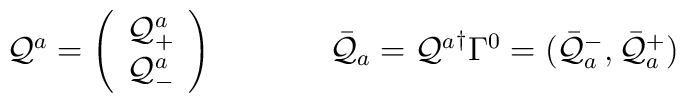
\begin{array}{cc}{\cal Q}^{a}=\left(\begin{array}{c}        {\cal Q}^{a}_{+}\\        {\cal Q}^{a}_{-}       \end{array}\right)        ~~~~ &~~~~  \bar{{\cal Q}}_{a}={{\cal Q}^{a}}^{\dagger}\Gamma^{0}=(\bar{{\cal Q}}_{a}^{-},        \bar{{\cal Q}}_{a}^{+}  )\end{array}